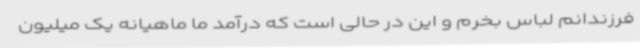
فرزندانم لباس بخرم و این در حالی است که درآمد ما ماهیانه یک میلیون